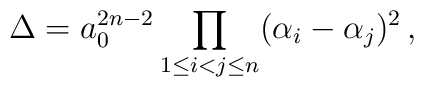
\Delta = a_0^{2n-2}\prod_{1\le i < j \le n}(\alpha_i-\alpha_j)^2\, ,